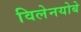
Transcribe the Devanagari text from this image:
विलेनयोबे